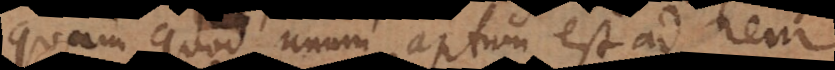
quam quod unum aptum est ad rem